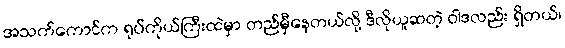
အသက်ကောင်က ရုပ်ကိုယ်ကြီးထဲမှာ တည်မှီနေတယ်လို့ ဒီလိုယူဆတဲ့ ဝါဒလည်း ရှိတယ်၊